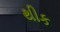
થીક